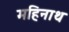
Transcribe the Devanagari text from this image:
महिनाथ